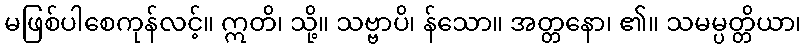
မဖြစ်ပါစေကုန်လင့်။ ဣတိ၊ သို့။ သဗ္ဗာပိ၊ န်သော။ အတ္တနော၊ ၏။ သမမ္ပတ္တိယာ၊